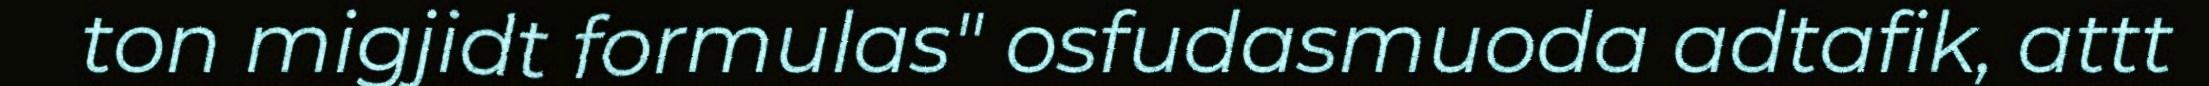
ton migjidt formulas" osfudasmuoda adtafik, attt